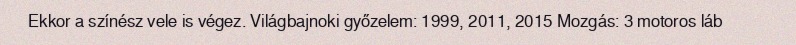
Ekkor a színész vele is végez. Világbajnoki győzelem: 1999, 2011, 2015 Mozgás: 3 motoros láb